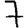
Digit: 7